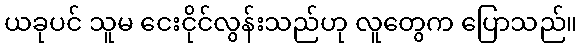
ယခုပင် သူမ ငေးငိုင်လွန်းသည်ဟု လူတွေက ပြောသည်။